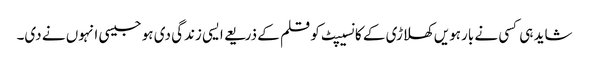
شاید ہی کسی نے بارہویں کھلاڑی کے کانسیپٹ کو قلم کے ذریعے ایسی زندگی دی ہو جیسی انہوں نے دی۔